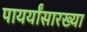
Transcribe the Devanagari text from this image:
पायर्यांसारख्या